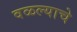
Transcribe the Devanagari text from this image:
वळल्याचे